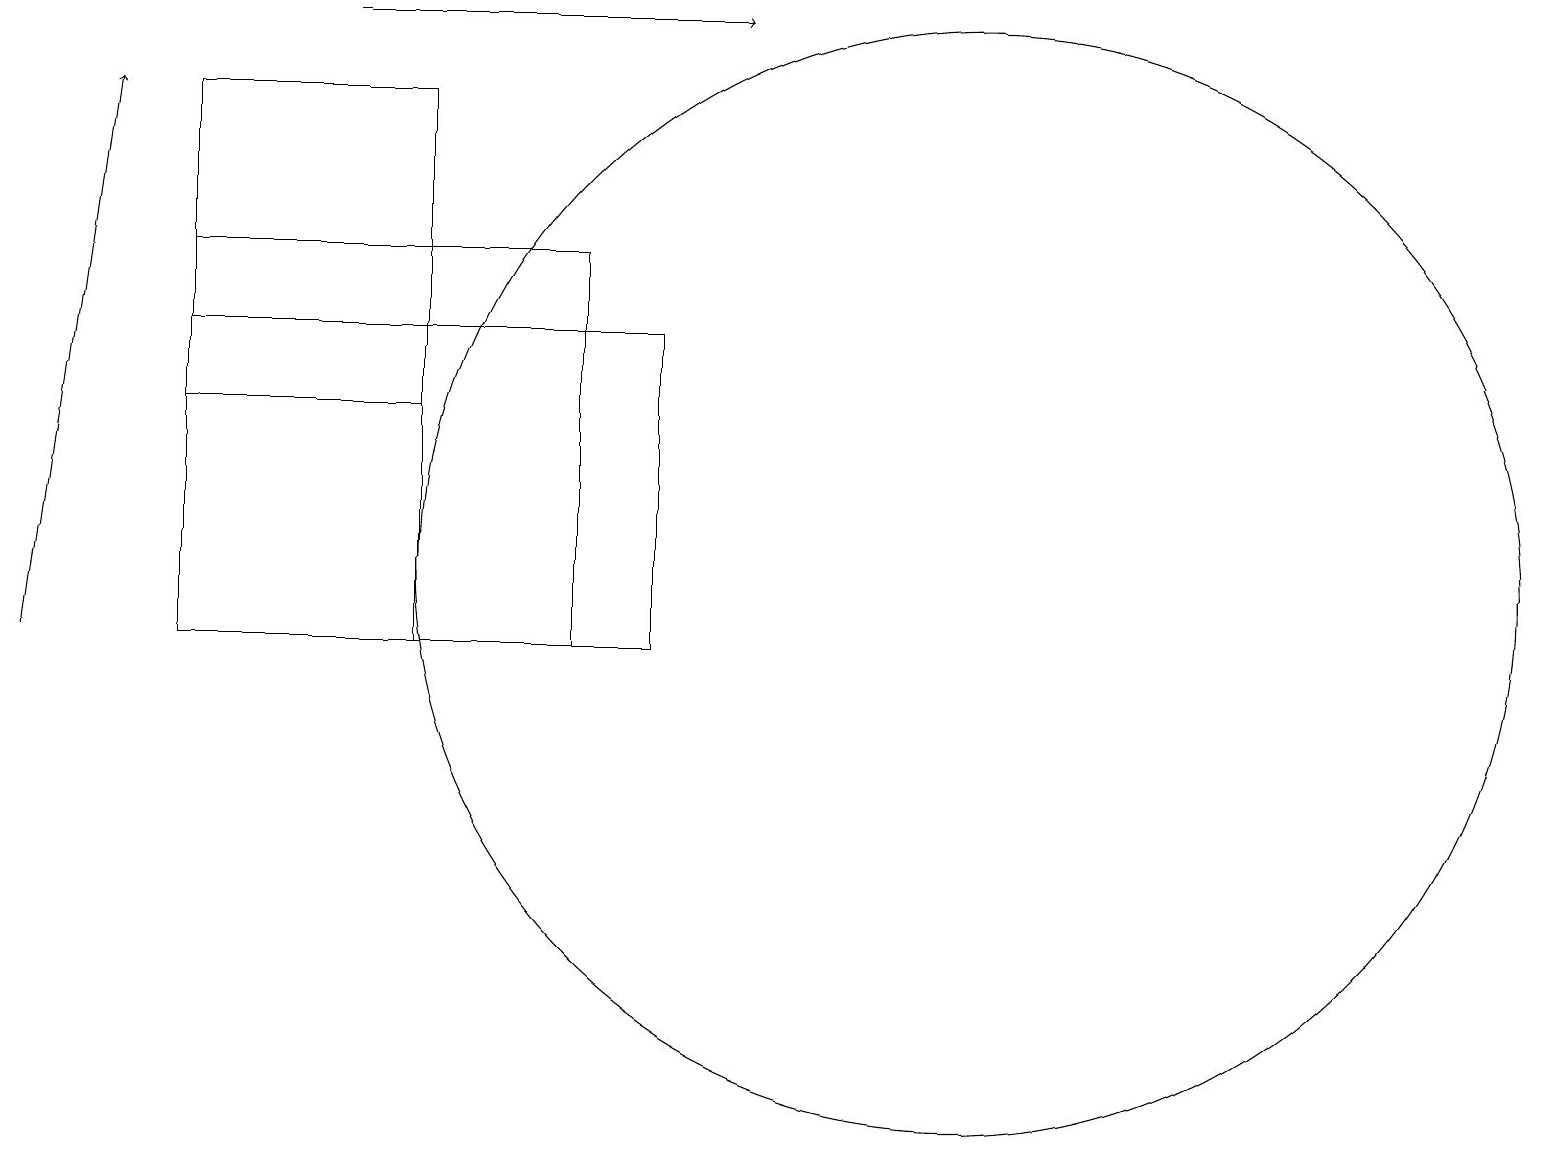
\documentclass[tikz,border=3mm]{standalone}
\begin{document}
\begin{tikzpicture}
\draw[->] (0,11) -- (1,18);
\draw (5,16) rectangle (5,11);
\draw (2,16) rectangle (7,11);
\draw (12,12) circle (7);
\draw[->] (4,19) -- (9,19);
\draw (5,14) rectangle (2,18);
\draw (2,11) rectangle (8,15);
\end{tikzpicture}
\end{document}